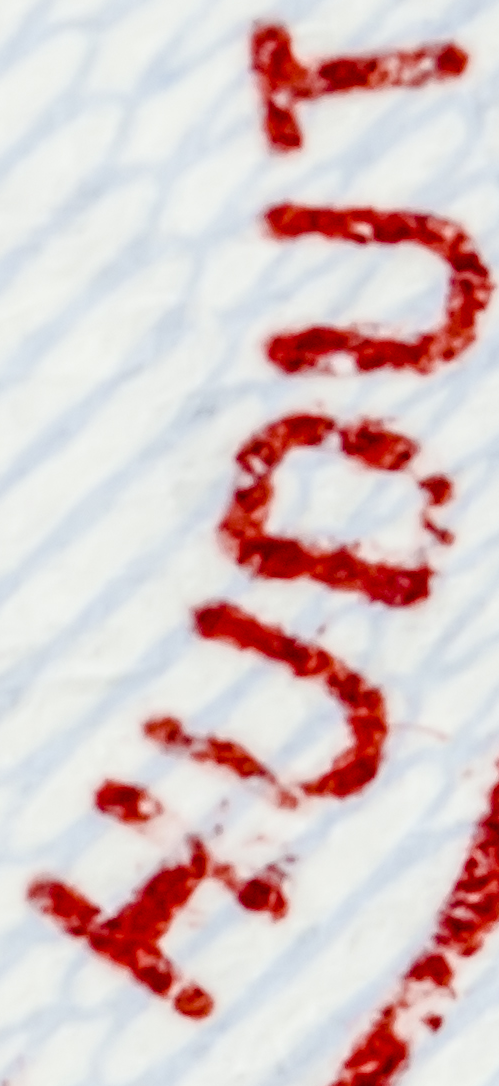
HUDUT